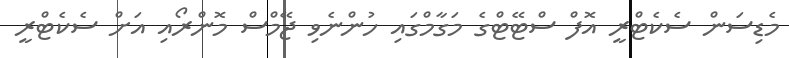
މެޑިސަން ސެކެޓްރީ އޮފް ސްޓޭޓްގެ މަގާމްގައި ހުންނެވި ޖޭމްސް މޮންރޯއި އަށް ސެކެޓްރީ